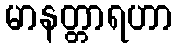
မာနတ္တာရဟာ